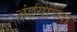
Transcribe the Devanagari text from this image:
अंडयांच्या